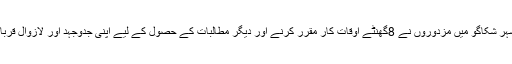
آج سے 129 سال سے پہلے امریکہ کے صنعتی شہر شکاگو میں مزدوروں نے 8گھنٹے اوقاتِ کار مقرر کرنے اور دیگر مطالبات کے حصول کے لیے اپنی جدوجہد اور لازوال قربانیاں دے کر محنت کشوں کو متحد اور منظم کردیا ۔